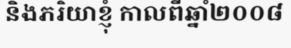
និងភរិយាខ្ញុំ កាលពីឆ្នាំ២០០៨